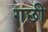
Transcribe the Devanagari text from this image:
गछी